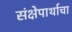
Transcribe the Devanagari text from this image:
संक्षेपार्थाचा